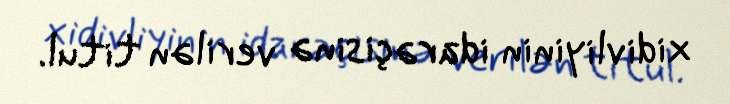
xidivliyinin idarəçisinə verilən titul.